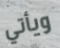
ويأتي